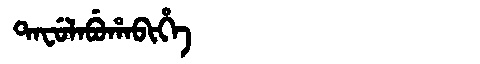
Manchu: ᡨᠠᠸᡠᠯᠠᠪᡠᡥᠠᠪᡳᡥᡝ
Romanization: TAFULABUHABIHE